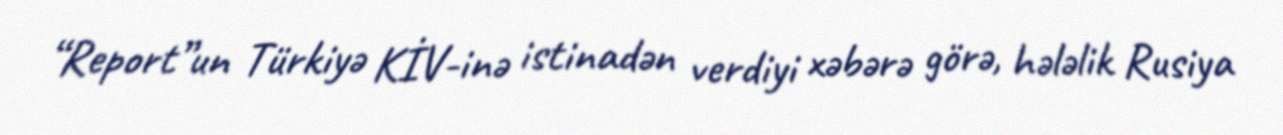
“Report”un Türkiyə KİV-inə istinadən verdiyi xəbərə görə, hələlik Rusiya